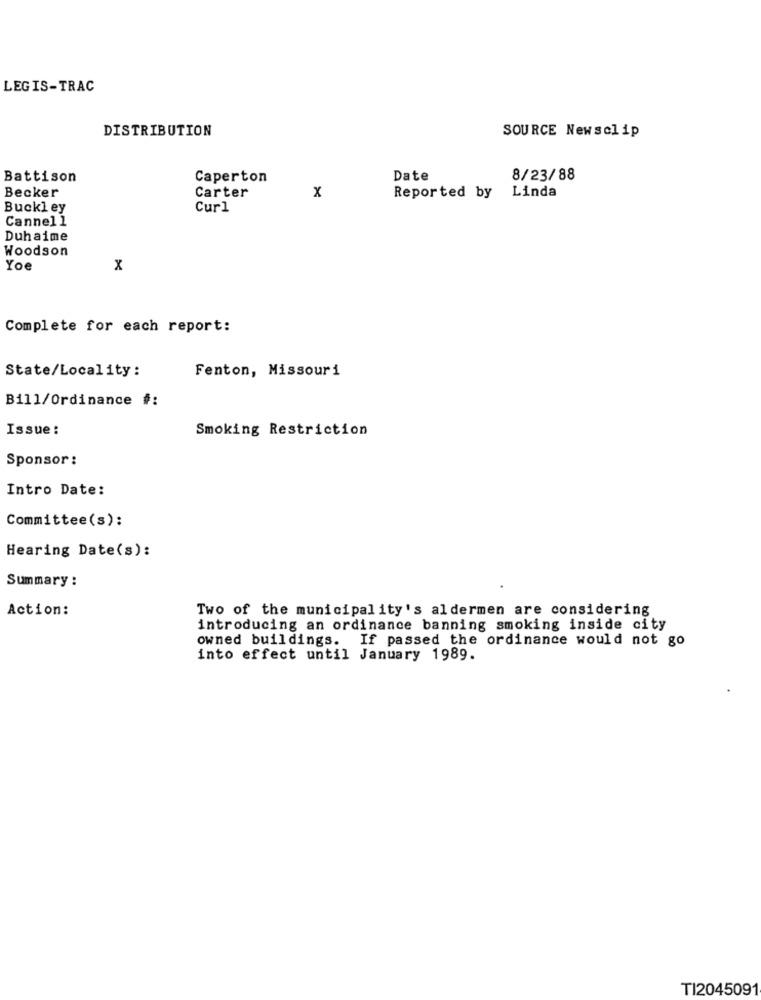
LEGIS-TRAC
DISTRIBUTION
SOURCE Newsclip
Battison
Caperton
Date
8/23/88
Becker
Carter
x
Reported by
Linda
Buckley
Curl
Cannell
Duhaime
Woodson
Yoe
x
Complete for each report:
State/Locality:
Fenton, Missouri
Bill/Ordinance #:
Issue :
Smoking Restriction
Sponsor :
Intro Date:
Committee(s):
Hearing Date(s):
Summary :
Action:
Two of the municipality's aldermen are considering
introducing an ordinance banning smoking inside city
owned buildings. If passed the ordinance would not go
into effect until January 1989.
TI2045091